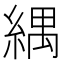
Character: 𦂕